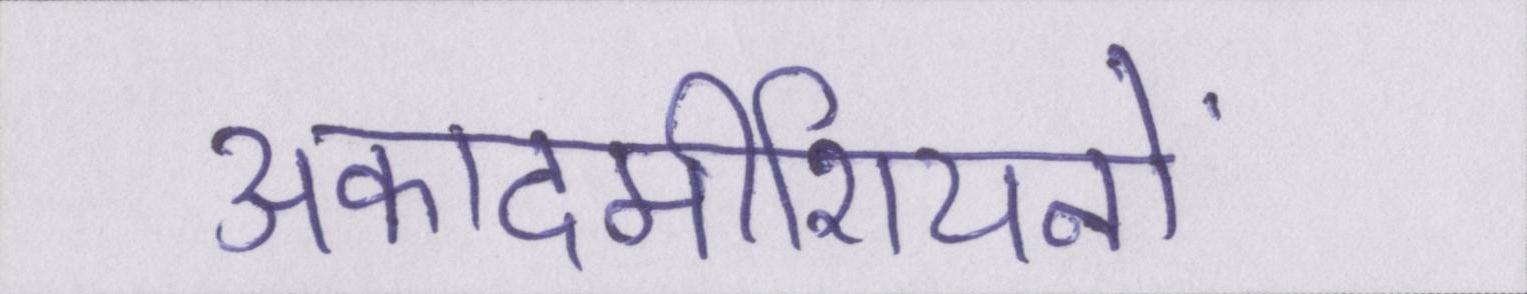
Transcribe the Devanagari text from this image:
अकादमीशियनों